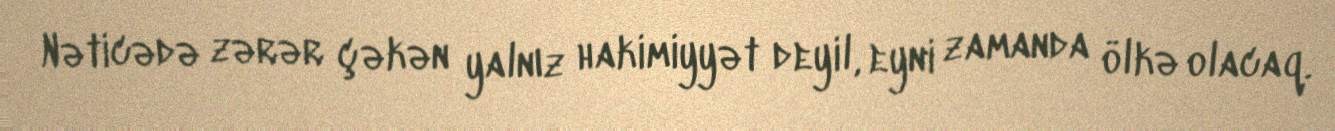
Nəticədə zərər çəkən yalnız hakimiyyət deyil, eyni zamanda ölkə olacaq.